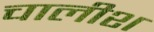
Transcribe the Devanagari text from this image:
चालीश